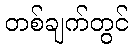
တစ်ချက်တွင်